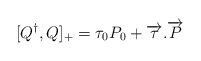
\begin{align*}[Q^\dagger,Q]_+ = {\tau}_0 P_0 +\overrightarrow{\tau}.\overrightarrow{P}\end{align*}